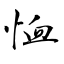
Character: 恤